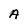
Character: A